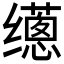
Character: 𰭁